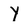
Character: Y